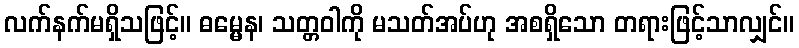
လက်နက်မရှိသဖြင့်။ ဓမ္မေန၊ သတ္တဝါကို မသတ်အပ်ဟု အစရှိသော တရားဖြင့်သာလျှင်။